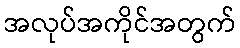
အလုပ်အကိုင်အတွက်